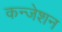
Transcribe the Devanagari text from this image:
कन्जेशन